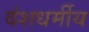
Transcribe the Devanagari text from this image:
वंशधर्मीय